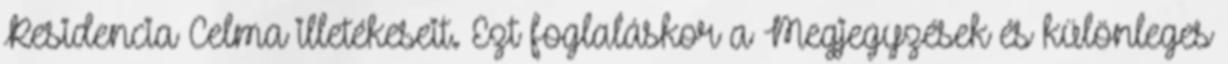
Residencia Celma illetékeseit. Ezt foglaláskor a Megjegyzések és különleges